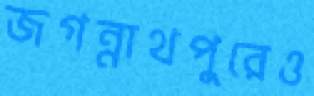
জগন্নাথপুরেও